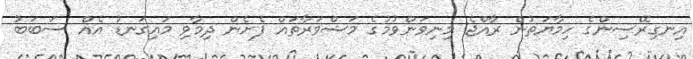
އިނގިރޭސިންގެ ހިމާޔަތުން ރާއްޖެ މިނިވަންވުމުގެ މަޝްވަރާތައް ފެށެން ދިމާވި މައިގަނޑު އެއް ސަބަބު